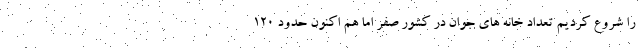
را شروع کردیم تعداد خانه های جوان در کشور صفر اما هم اکنون حدود ۱۲۰